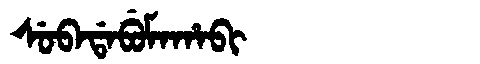
Manchu: ᠰᡠᠪᠠᡩᠠᠪᡠᠮᠠᡥᠠᠪᡳ
Romanization: SUBADABUMAHABI